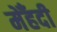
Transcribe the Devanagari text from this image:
मेँहदी